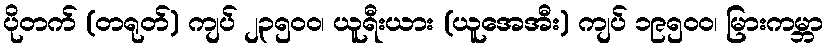
ပိုတက် (တရုတ်) ကျပ် ၂၃၅၀ဝ၊ ယူရီးယား (ယူအေအီး) ကျပ် ၁၉၅၀ဝ၊ မြားကမ္ဘာ